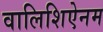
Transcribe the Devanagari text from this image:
वालिशिऐनम